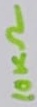
Text: 10KΩ